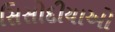
સિસોદીયાઓ